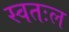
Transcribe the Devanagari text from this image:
स्वतःल